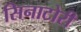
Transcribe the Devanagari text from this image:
सिनाटोरी